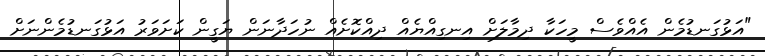
"އަޅުގަނޑުމެން އެއްވެސް މީހަކާ ދިމާލަށް އިނގިއްޔެއް ދިއްކޮށެއް ނުހަދާނަން ޔަގީން ކަށަވަރު އަޅުގަނޑުމެންނަށް